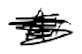
Text: Air
Cross-out: scratch
Writing tool: digital_black